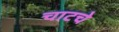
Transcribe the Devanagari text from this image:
चाटचे